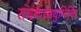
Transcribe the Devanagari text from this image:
राधाधरमधुमिलिंद